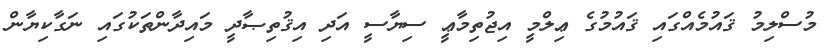
މުސްލިމު ޤައުމެއްގައި ޤައުމުގެ ޢިލްމީ އިޖުތިމާޢީ ސިޔާސީ އަދި އިޤުތިޞާދީ މައިދާންތަކުގައި ނަގާކިޔާން